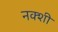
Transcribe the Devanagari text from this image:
नक्शी